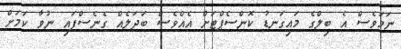
ނަމަވެސް އެ ބިލްގެ މައިގަނޑު ކޮންސެޕްޓަށް އެއްވެސް ބަދަލެއް ގެނެސްފައި ނުވާ ކަމަށް